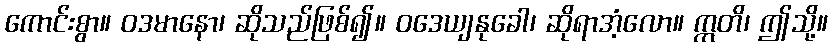
ကောင်းစွာ။ ဝဒမာနော၊ ဆိုသည်ဖြစ်၍။ ဝဒေယျနုခေါ၊ ဆိုရာအံ့လော။ ဣတိ၊ ဤသို့။